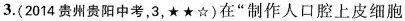
3.(2014贵州贵阳中考，3，★★☆)在”制作人口腔上皮细胞